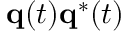
{ \bf q } ( t ) { \bf q } ^ { * } ( t )